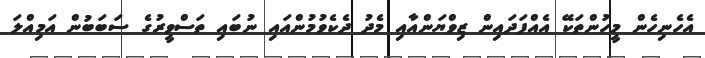
އެހެނިހެން މީހުންތަކޭ އެއްފަދައިން ޒިވްޔަންއާއި މެދު ދެކެވުމުންއައި ނުބައި ތަސްވީރުގެ ސަބަބުން އަމިއްލަ